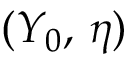
( Y _ { 0 } , \, \eta )